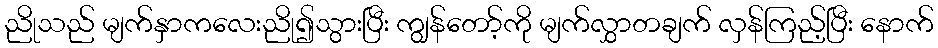
ညိုသည် မျက်နှာကလေးညို၍သွားပြီး ကျွန်တော့်ကို မျက်လွှာတချက် လှန်ကြည့်ပြီး နောက်